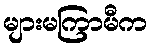
များမကြာမီက